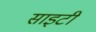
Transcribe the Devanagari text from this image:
साइटी